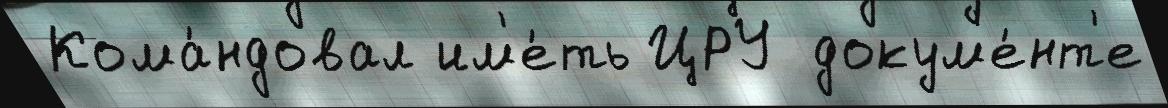
Кома́ндовал им'е́ть ЦРУ докум'е́нт'е